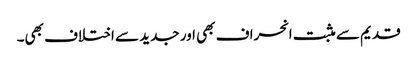
قدیم سے مثبت انحراف بھی اور جدید سے اختلاف بھی۔